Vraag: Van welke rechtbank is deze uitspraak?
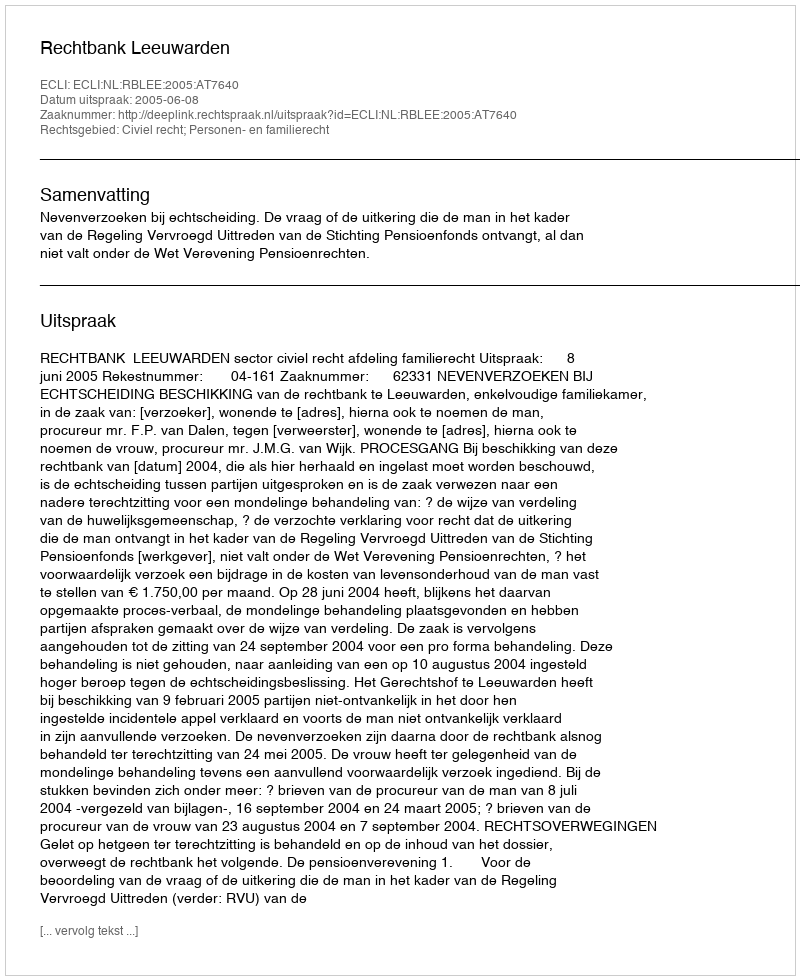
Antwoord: Rechtbank Leeuwarden